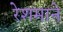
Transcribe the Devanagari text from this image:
रेशमाने